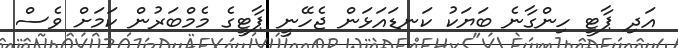
އަދި ޕާޓީ ހިންގާނެ ބަޔަކު ކަނޑައަޅަން ޖެހޭނީ ޕާޓީގެ މެމްބަރުން ކަމަށް ވެސް